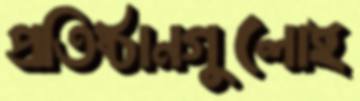
প্রতিষ্ঠানগুলোই